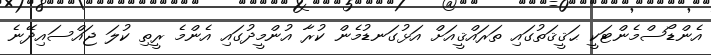
އެންޑޯސްމެންޓަކީ ޙަޤީޤަތުގައި ތަރައްޤީއަށް އަޅުގަނޑުމެން ކުރާ އުންމީދުގައި އެންމެ ރީތި ކުލަ ޖައްސައިދޭނެ